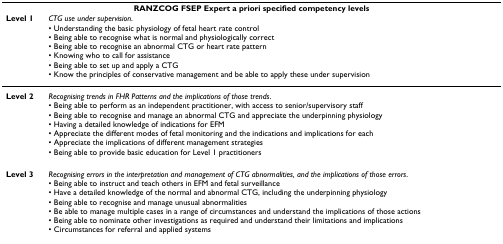
| <COLSPAN=2> RANZCOG FSEP Expert a priori specified competency levels |
 | Level 1 | CTG use under supervision.• Understanding the basic physiology of fetal heart rate control• Being able to recognise what is normal and physiologically correct• Being able to recognise an abnormal CTG or heart rate pattern• Knowing who to call for assistance• Being able to set up and apply a CTG• Know the principles of conservative management and be able to apply these under supervision |
 | --- | --- |
 | Level 2 | Recognising trends in FHR Patterns and the implications of those trends.• Being able to perform as an independent practitioner, with access to senior/supervisory staff• Being able to recognise and manage an abnormal CTG and appreciate the underpinning physiology• Having a detailed knowledge of indications for EFM• Appreciate the different modes of fetal monitoring and the indications and implications for each• Appreciate the implications of different management strategies• Being able to provide basic education for Level 1 practitioners |
 | Level 3 | Recognising errors in the interpretation and management of CTG abnormalities, and the implications of those errors.• Being able to instruct and teach others in EFM and fetal surveillance• Have a detailed knowledge of the normal and abnormal CTG, including the underpinning physiology• Being able to recognise and manage unusual abnormalities• Be able to manage multiple cases in a range of circumstances and understand the implications of those actions• Being able to nominate other investigations as required and understand their limitations and implications• Circumstances for referral and applied systems |